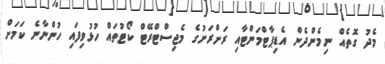
މެދު ގޮތެއް ނިމެންދެން އެޑިޕާޓްމަންޓާއި ރަށްރަށުގެ މެޖިސްޓްރޭޓް ކޯޓުތައް ހުޅުވިފައި ހުންނާނެ ކަމަށް